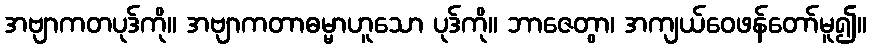
အဗျာကတပုဒ်ကို။ အဗျာကတာဓမ္မာဟူသော ပုဒ်ကို။ ဘာဇေတွာ၊ အကျယ်ဝေဖန်တော်မူ၍။